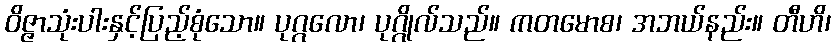
ဝိဇ္ဇာသုံးပါးနှင့်ပြည့်စုံသော။ ပုဂ္ဂလော၊ ပုဂ္ဂိုလ်သည်။ ကတမောစ၊ အဘယ်နည်း။ တီဟိ၊